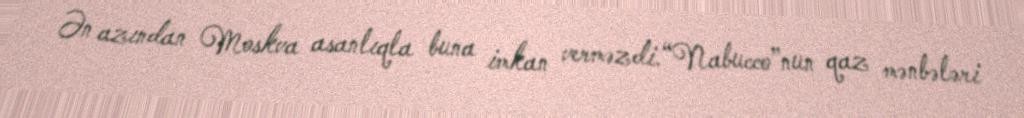
Ən azından Moskva asanlıqla buna imkan verməzdi.“Nabucco”nun qaz mənbələri